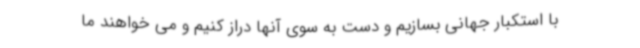
با استکبار جهانی بسازیم و دست به سوی آنها دراز کنیم و می خواهند ما